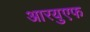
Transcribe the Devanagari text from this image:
आरयुएफ